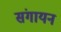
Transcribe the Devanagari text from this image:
संगायन